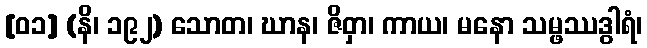
[၀၁] (နိ၊ ၁၉၂) သောတ၊ ဃာန၊ ဇိဝှာ၊ ကာယ၊ မနော သမ္ဖဿဒွါရံ၊